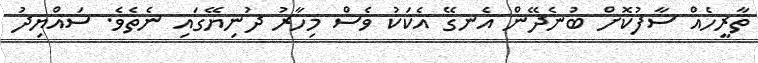
ތާރީހެއް ސާފުކޮށް ބުނެދޭން އެނގޭ އެކަކު ވެސް މިހާރު ދުނިޔޭގައި ނެތެވެ. ސައްޔިދު